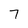
Character: 7